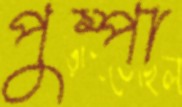
পুম্পা